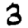
Digit: 3